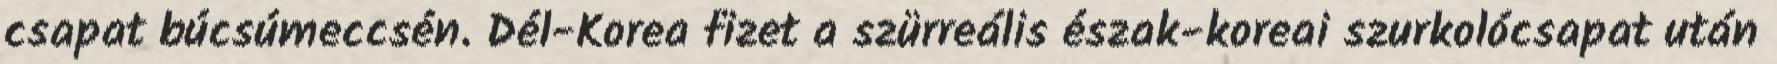
csapat búcsúmeccsén. Dél-Korea fizet a szürreális észak-koreai szurkolócsapat után